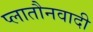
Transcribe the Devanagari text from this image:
प्लातौनवादी